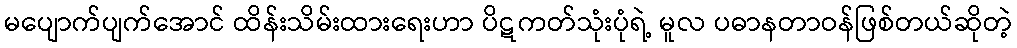
မပျောက်ပျက်အောင် ထိန်းသိမ်းထားရေးဟာ ပိဋကတ်သုံးပုံရဲ့ မူလ ပဓာနတာဝန်ဖြစ်တယ်ဆိုတဲ့